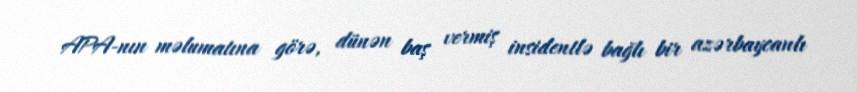
APA-nın məlumatına görə, dünən baş vermiş insidentlə bağlı bir azərbaycanlı